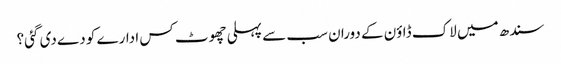
سندھ میں لاک ڈاؤن کے دوران سب سے پہلی چھوٹ کس ادارے کو دے دی گئی؟